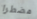
مضطرا